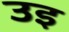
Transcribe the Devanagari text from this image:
उइ